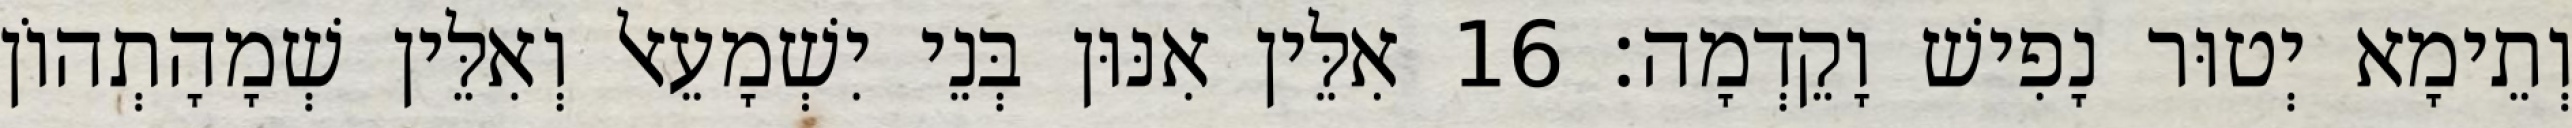
וְתֵימָא יְטוּר נָפִישׁ וָקֵדְמָה׃ 16 אִלֵּין אִנּוּן בְּנֵי יִשְׁמָעֵאל וְאִלֵּין שְׁמָהָתְהוֹן